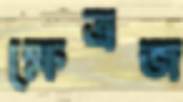
ক্ষেত্রজ